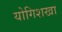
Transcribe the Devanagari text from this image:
योगिशखा